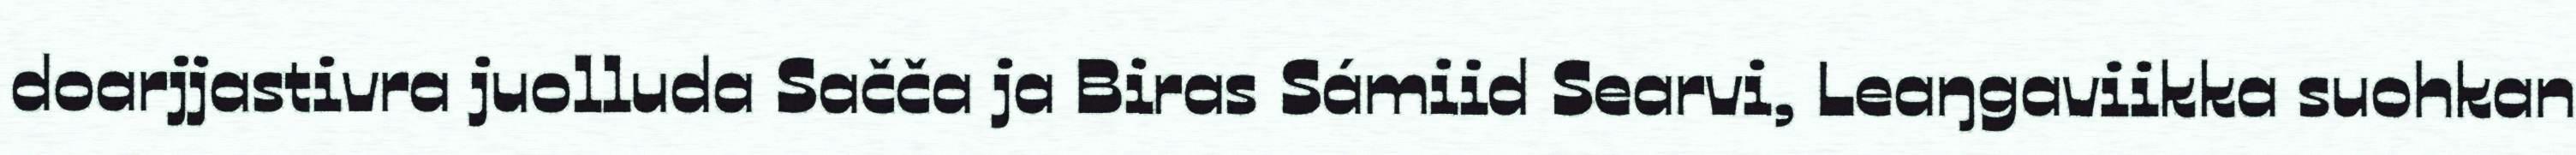
doarjjastivra juolluda Sačča ja Biras Sámiid Searvi, Leaŋgaviikka suohkan